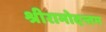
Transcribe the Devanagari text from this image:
श्रीरामोदन्तम